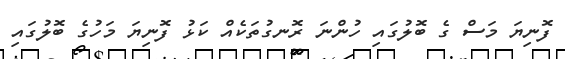
ފޮނިޔަ މަސް ގެ ބޮލުގައި ހުންނަ ރޮނގުތަކެއް ކަޅު ފޮނިޔަ މަހުގެ ބޮލުގައި